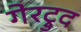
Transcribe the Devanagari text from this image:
गेरट्रुद